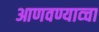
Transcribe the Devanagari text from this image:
आणवण्याव्चा